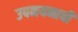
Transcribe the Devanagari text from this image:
उपनयनाची